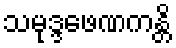
သမုဒ္ဒဖေဏကန္တိ